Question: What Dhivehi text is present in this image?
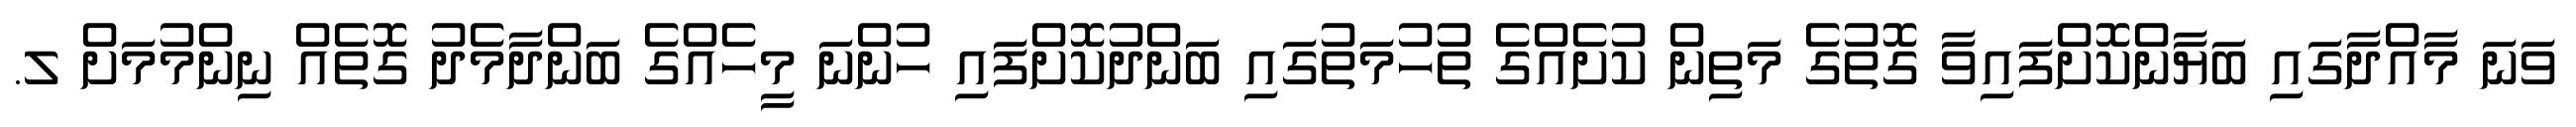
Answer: ވަނަ މާއްދާގައި ބަޔާންކޮށްފައިވާ ގޮތުގެ މަތިން ކުށެއްގެ ތުހުމަތުގައި ބަންދުކޮށްފައި ހުންނަ މީހެއްގެ ބަންދާމެދު ގޮތެއް ނިންމުމަށް ލ.